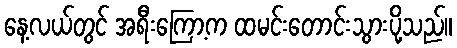
နေ့လယ်တွင် အရီးကြော့က ထမင်းတောင်းသွားပို့သည်။